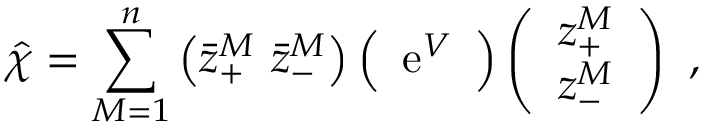
\hat { \chi } = \sum _ { M = 1 } ^ { n } \left( \bar { z } _ { + } ^ { M } \, \, \bar { z } _ { - } ^ { M } \right) \Big ( \begin{array} { c c } { { \mathrm { e } ^ { V } } } \end{array} \Big ) \left( \begin{array} { c } { { z _ { + } ^ { M } } } \\ { { z _ { - } ^ { M } } } \end{array} \right) \ ,